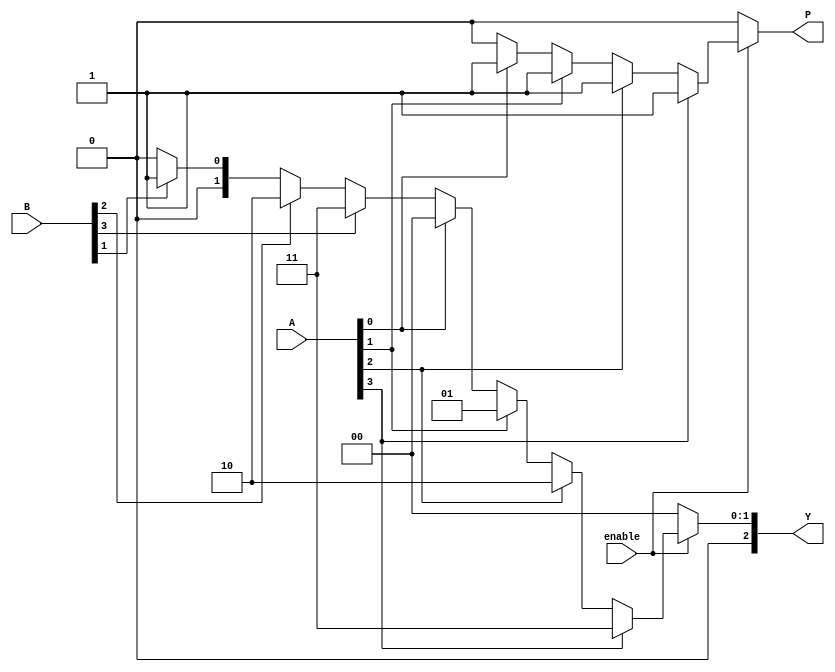
module dual_priority_encoder (
    input wire [3:0] A,   // Group A inputs
    input wire [3:0] B,   // Group B inputs
    input wire enable,     // Enable signal
    output reg [2:0] Y,    // 3-bit binary output
    output reg P           // Priority indicator
);
    
    always @(*) begin
        // Default values
        Y = 3'b000;  // Default output
        P = 1'b0;    // Default priority indicator
        
        if (enable) begin
            // Check Group A first
            if (A[3]) begin
                Y = 3'b011;
                P = 1'b1;  // Group A
            end else if (A[2]) begin
                Y = 3'b010;
                P = 1'b1;  // Group A
            end else if (A[1]) begin
                Y = 3'b001;
                P = 1'b1;  // Group A
            end else if (A[0]) begin
                Y = 3'b000;
                P = 1'b1;  // Group A
            end
            // Check Group B only if Group A has no active inputs
            else if (B[3]) begin
                Y = 3'b011;
                P = 1'b0;  // Group B
            end else if (B[2]) begin
                Y = 3'b010;
                P = 1'b0;  // Group B
            end else if (B[1]) begin
                Y = 3'b001;
                P = 1'b0;  // Group B
            end else if (B[0]) begin
                Y = 3'b000;
                P = 1'b0;  // Group B
            end
        end
    end
endmodule